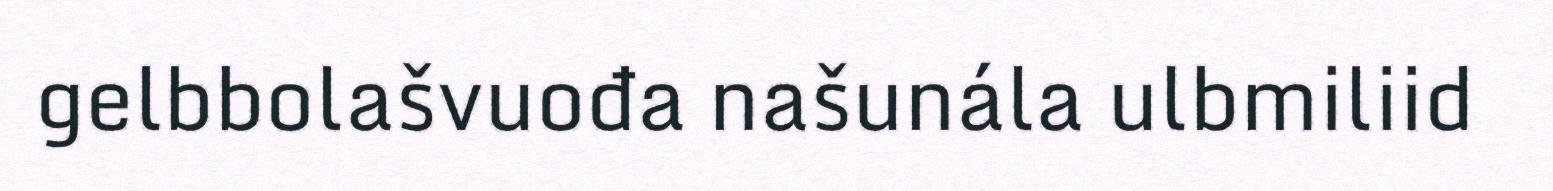
gelbbolašvuođa našunála ulbmiliid